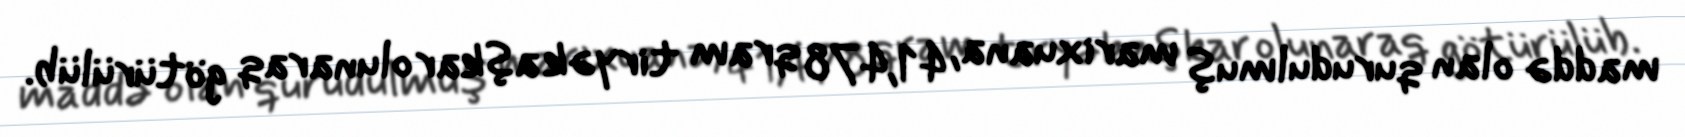
maddə olan qurudulmuş marixuana, 41,478 qram tiryək aşkar olunaraq götürülüb.